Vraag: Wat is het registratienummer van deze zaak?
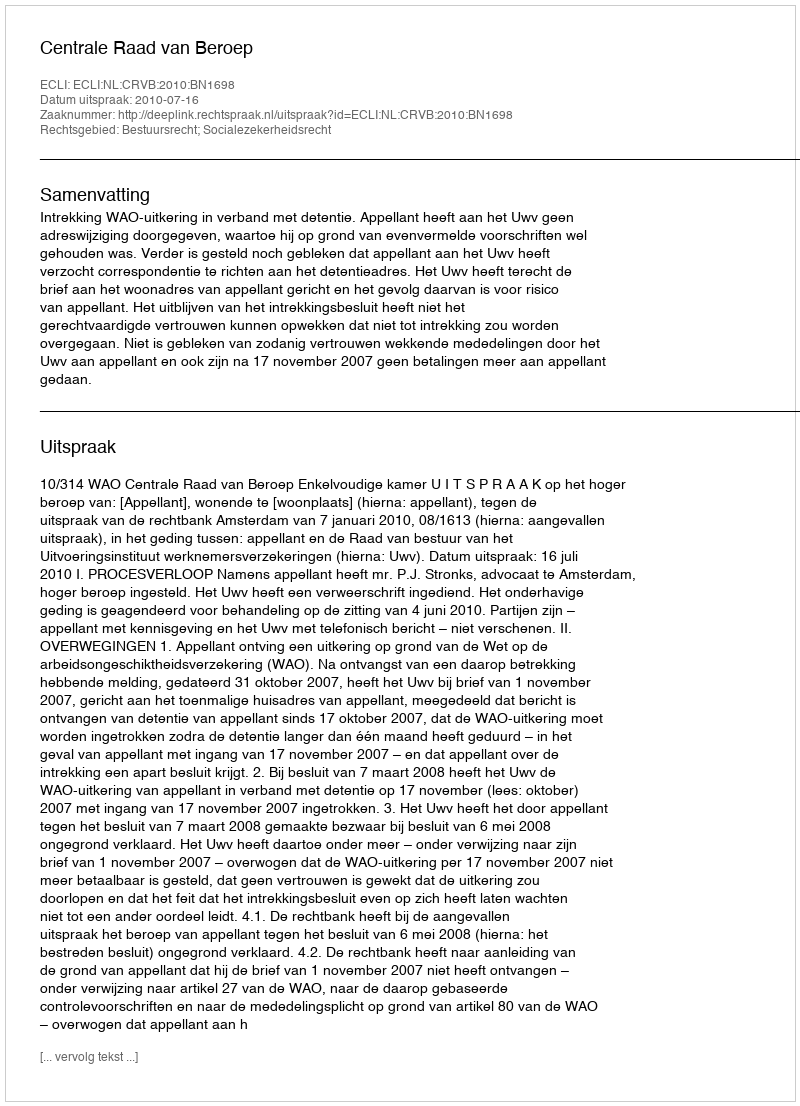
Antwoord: http://deeplink.rechtspraak.nl/uitspraak?id=ECLI:NL:CRVB:2010:BN1698